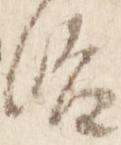
治